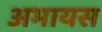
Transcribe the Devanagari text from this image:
अभायस